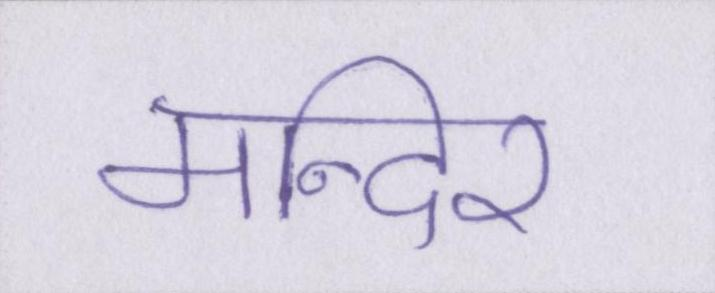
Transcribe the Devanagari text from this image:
मन्दिर